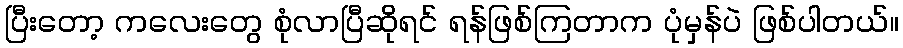
ပြီးတော့ ကလေးတွေ စုံလာပြီဆိုရင် ရန်ဖြစ်ကြတာက ပုံမှန်ပဲ ဖြစ်ပါတယ်။